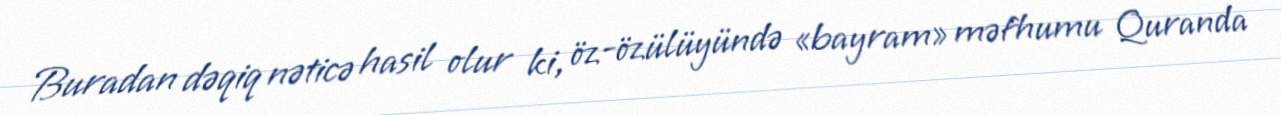
Buradan dəqiq nəticə hasil olur ki, öz-özülüyündə «bayram» məfhumu Quranda